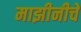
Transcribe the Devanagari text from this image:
माझीनीचे